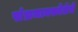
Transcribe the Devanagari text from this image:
संभ्रमावस्थेतेचे